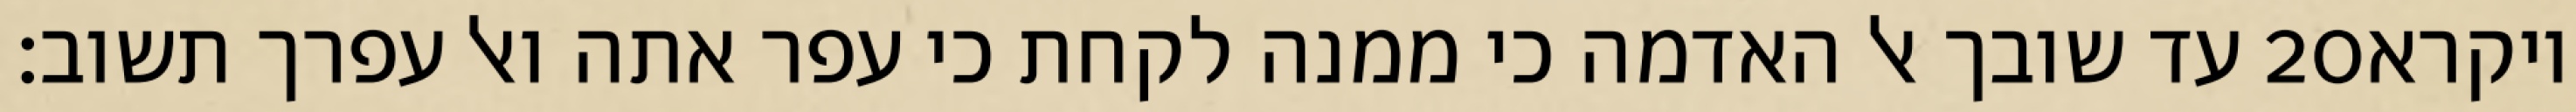
עד שובך אל האדמה כי ממנה לקחת כי עפר אתה ואל עפרך תשוב׃ ‎20‏ ויקרא